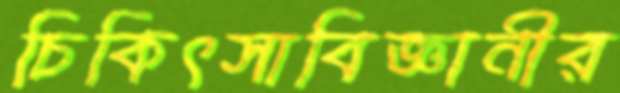
চিকিৎসাবিজ্ঞানীর